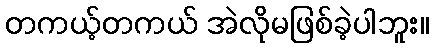
တကယ့်တကယ် အဲလိုမဖြစ်ခဲ့ပါဘူး။